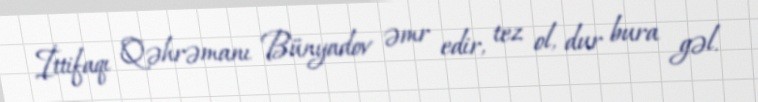
İttifaqı Qəhrəmanı Bünyadov əmr edir, tez ol, dur bura gəl.